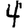
Digit: 4